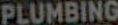
PLUMBING